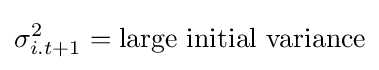
\sigma _{i.t+1}^{2}={\text{large initial variance}}